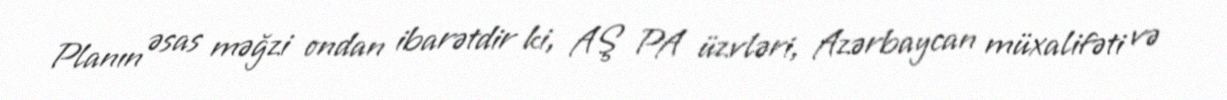
Planın əsas məğzi ondan ibarətdir ki, AŞ PA üzvləri, Azərbaycan müxalifəti və